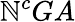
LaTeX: \mathbb{N}^{c}GA